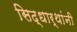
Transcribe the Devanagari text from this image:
सिद्धार्थांनी